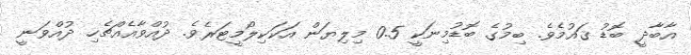
އާބާދީ ބޮޑު ޤައުމެވެ. ބިމުގެ ބޮޑުމިނަކީ 0.5 މިލިޔަން އަކަކިލޯމީޓަރެވެ. ދުއްވާއެއްޗެހި ދުއްވަނީ